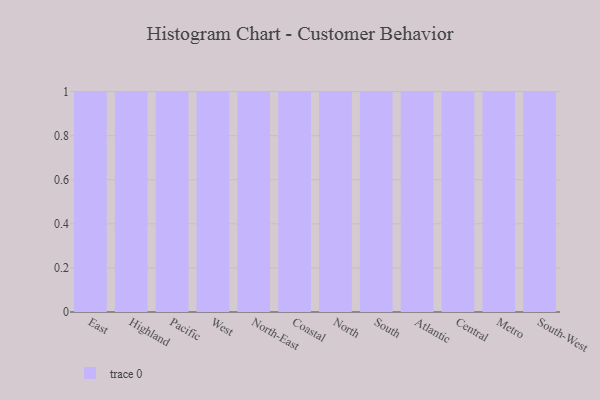
{"axis": {"x": "Region", "y": "Operating Costs (USD K)"}, "legend": [""], "data": [{"x": "East", "y": 31, "type": ""}, {"x": "Highland", "y": 50, "type": ""}, {"x": "Pacific", "y": 12, "type": ""}, {"x": "West", "y": 89, "type": ""}, {"x": "North-East", "y": 18, "type": ""}, {"x": "Coastal", "y": 67, "type": ""}, {"x": "North", "y": 45, "type": ""}, {"x": "South", "y": 92, "type": ""}, {"x": "Atlantic", "y": 19, "type": ""}, {"x": "Central", "y": 48, "type": ""}, {"x": "Metro", "y": 10, "type": ""}, {"x": "South-West", "y": 74, "type": ""}]}